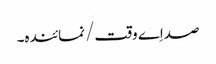
صداِے وقت/ نمائندہ۔